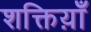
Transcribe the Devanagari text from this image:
शक्तिय़ाँ